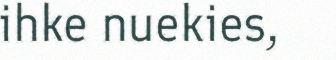
ihke nuekies,